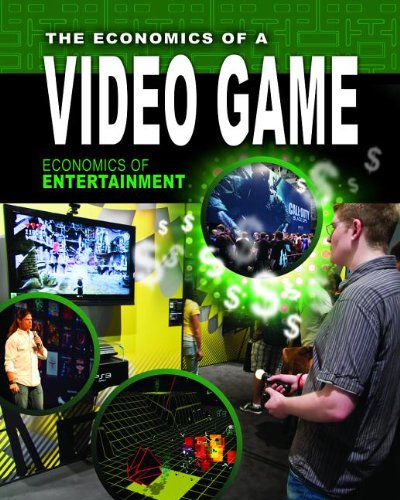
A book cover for The Economics of a Video Game (Economics of Entertainment); Reagan Miller; Teen & Young Adult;